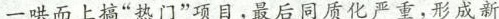
一哄而上搞”热门”项目，最后同质化严重，形成新